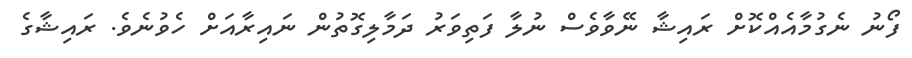
ފޯނު ނެގުމާއެއްކޮށް ރައިޝާ ނޭވާވެސް ނުލާ ފަތިވަރު ދަމާލިގޮތުން ނައިރާއަށް ހެވުނެވެ. ރައިޝާގެ